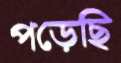
পড়েছি